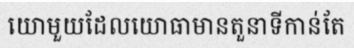
យោមួយដែលយោធាមានតួនាទីកាន់តែ